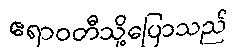
ဧရာဝတီသို့ပြောသည်